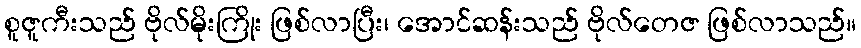
စူဇူကီးသည် ဗိုလ်မိုးကြိုး ဖြစ်လာပြီး၊ အောင်ဆန်းသည် ဗိုလ်တေဇ ဖြစ်လာသည်။